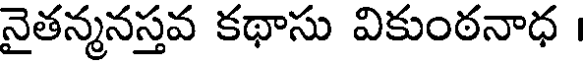
నైతన్మనస్తవ కథాసు వికుంఠనాధ